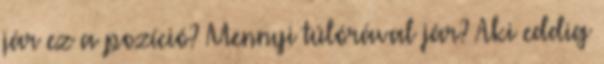
jár ez a pozíció? Mennyi túlórával jár? Aki eddig